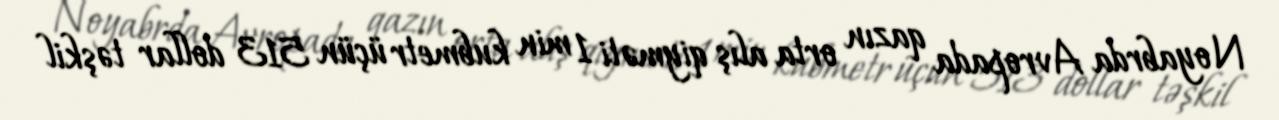
Noyabrda Avropada qazın orta alış qiyməti 1 min kubmetr üçün 513 dollar təşkil